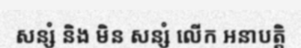
សន្សំ និង មិន សន្សំ លើក អនាបត្តិ